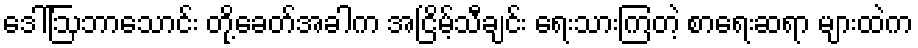
ဒေါ်ဩဘာသောင်း တို့ခေတ်အခါက အငြိမ့်သီချင်း ရေးသားကြတဲ့ စာရေးဆရာ များထဲက